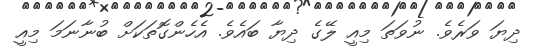
ދިޔަ ވަރެވެ. ނުވަތަ މިއީ ލޭގެ ދިޔާ ބައެވެ. އެހެންގޮތަކަށް ބުނާނަމަ މިއީ